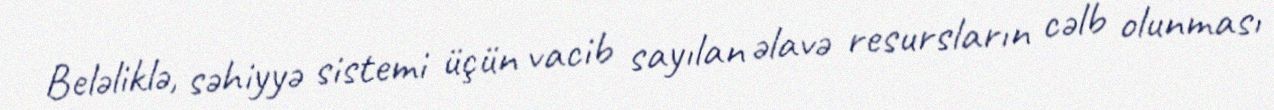
Beləliklə, səhiyyə sistemi üçün vacib sayılan əlavə resursların cəlb olunması